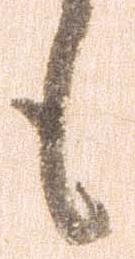
も